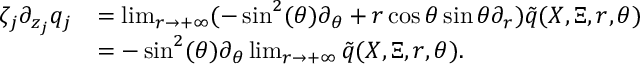
\begin{array} { r l } { \zeta _ { j } \partial _ { z _ { j } } q _ { j } } & { = \operatorname* { l i m } _ { r \rightarrow + \infty } ( - \sin ^ { 2 } ( \theta ) \partial _ { \theta } + r \cos \theta \sin \theta \partial _ { r } ) \Tilde { q } ( X , \Xi , r , \theta ) } \\ & { = - \sin ^ { 2 } ( \theta ) \partial _ { \theta } \operatorname* { l i m } _ { r \rightarrow + \infty } \Tilde { q } ( X , \Xi , r , \theta ) . } \end{array}